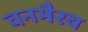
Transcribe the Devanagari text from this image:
वनभैरव